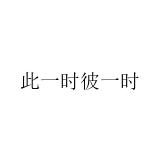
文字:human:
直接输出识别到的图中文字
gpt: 此一时彼一时